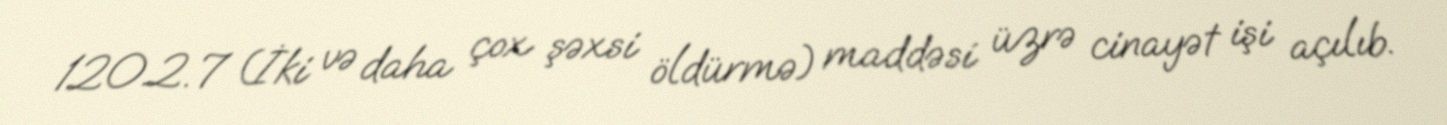
120.2.7 (İki və daha çox şəxsi öldürmə) maddəsi üzrə cinayət işi açılıb.